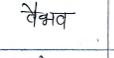
मजकूर: वैभव